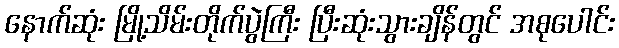
နောက်ဆုံး မြို့သိမ်းတိုက်ပွဲကြီး ပြီးဆုံးသွားချိန်တွင် အစုပေါင်း